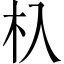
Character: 杁